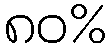
၈၀%